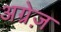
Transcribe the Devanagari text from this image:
अग्रेज़